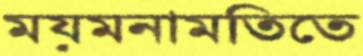
ময়মনামতিতে